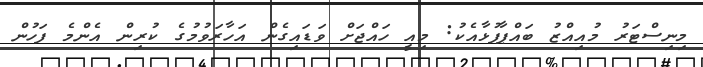
މިނިސްޓަރު މުއިއްޒު ބައްޕާފުޅާއެކު: މިއީ ހައްޖަށް ވަޑައިގެން އަަހާރަވުމުގެ ކުރިން އެންމެ ފަހުން